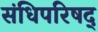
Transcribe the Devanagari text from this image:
संधिपरिषद्